Annual administration report of the Civil Veterinary Department of India - 1894-1895
Year: 1894
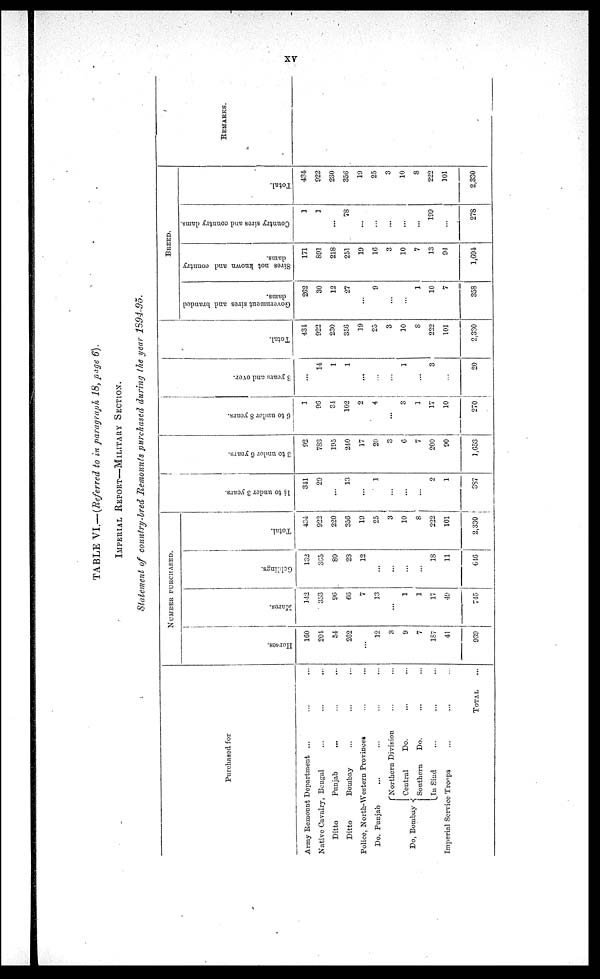
xv
TABLE VI.— (Referred to in paragraph 18, page 6).
IMPERIAL REPORT—MILITARY SECTION.
Statement of country-bred Remounts purchased during the year 1894-95.
Purchased for
Army Remount Department ... ... ...
Native Cavalry, Bengal ... ... ...
Ditto
Punjab
... ... ...
Ditto
Bombay ... ... ...
Police, North-Western
Provinces
...
...
Do. Punjab ... ... ... ...
Do, Bombay
Northern Division
...
...
Central Do. ... ...
Southern
Do. ... ...
In Sind ... ... ...
Imperial Service Troops ... ... ...
TOTAL
...
NUMBER PURCHASED.
Horses.
160
204
54
262
...
12
3
9
7
187
41
939
Mares.
142
353
96
66
7
13
...
1
1
17
49
745
Geldings.
132
365
80
23
12
...
...
...
...
18
11
646
Total.
434
922
220
356
19
25
3
10
8
222
101
2,330
1½ to under 3 years.
341
29
...
13
...
1
...
...
...
2
1
387
3 to under 6 year s.
92
783
195
240
17
20
3
6
7
200
90
1,653
6 to u n d e r 8 year s.
1
96
34
102
2
4
...
3
1
17
10
270
8
year s and over.
...
14
1
1
...
...
...
1
...
3
...
20
Tot al .
434
922
230
356
19
25
3
10
8
222
101
2,330
BREED.
Government sires and branded
dams.
262
30
12
27
...
9
...
...
1
10
7
358
Sires not known and country
dams.
171
891
218
251
19
16
3
10
7
13
94
1,694
Country sires and country dams.
1
1
...
78
...
...
...
...
...
199
...
278
Total.
434
922
230
356
19
25
3
10
8
222
101
2,330
REMARKS.